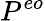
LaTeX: P^{eo}